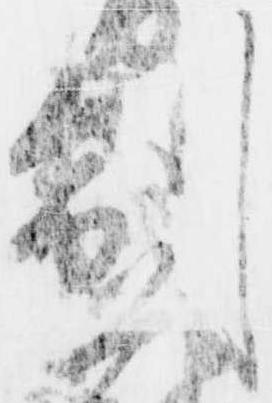
制